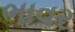
ભાવર